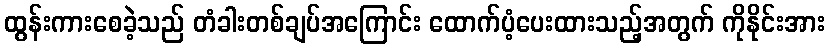
ထွန်းကားစေခဲ့သည် တံခါးတစ်ချပ်အကြောင်း ထောက်ပံ့ပေးထားသည့်အတွက် ကိုနိုင်းအား